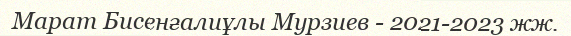
Марат Бисенғалиұлы Мурзиев - 2021-2023 жж.